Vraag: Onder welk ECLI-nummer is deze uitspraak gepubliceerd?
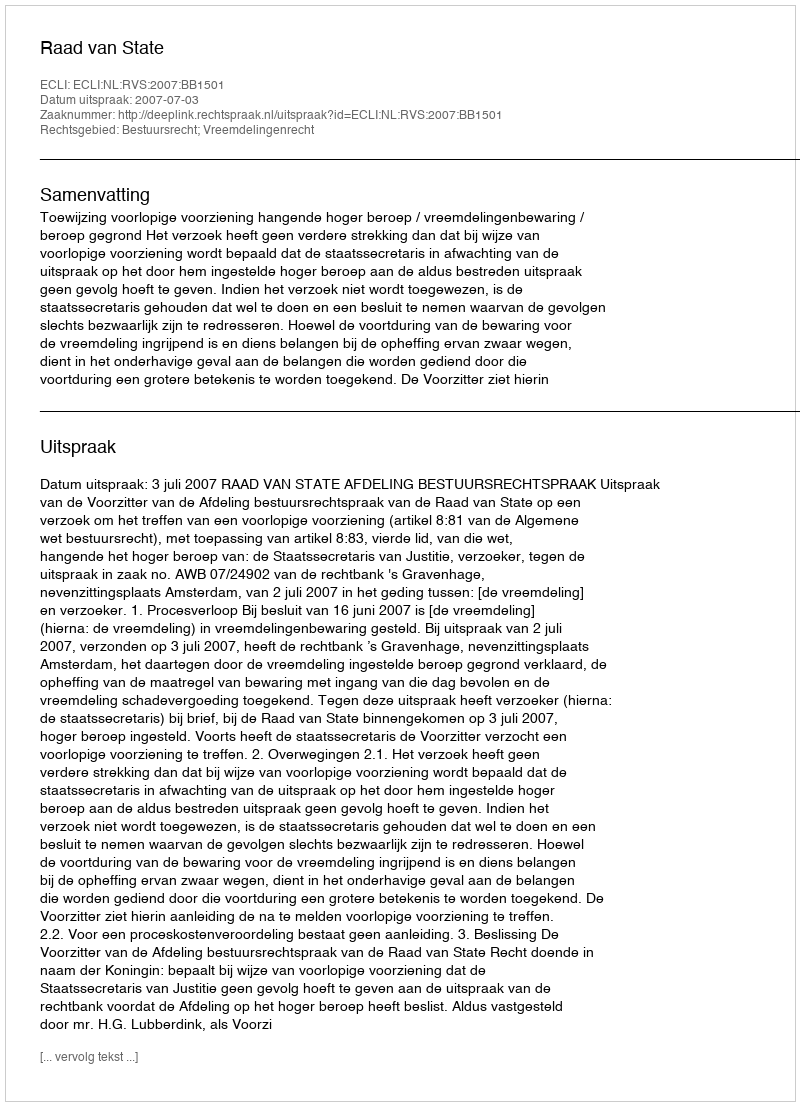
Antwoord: ECLI:NL:RVS:2007:BB1501